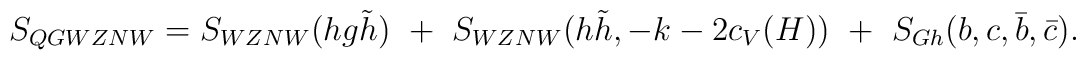
S_{QGWZNW}=S_{WZNW}(hg\tilde h)~+~S_{WZNW}(h\tilde h,-k-2c_V(H))~+~S_{Gh}(b,c,\bar b,\bar c).